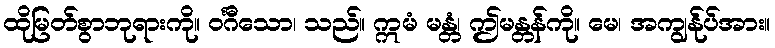
ထိုမြတ်စွာဘုရားကို။ ဝင်္ဂီသော၊ သည်။ ဣမံ မန္တံ၊ ဤမန္တန်ကို။ မေ၊ အကျွန်ုပ်အား။